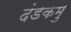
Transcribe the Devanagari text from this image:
दंडकमु